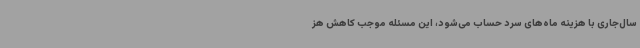
سال‌جاری با هزینه ماه‌های سرد حساب می‌شود، این مسئله موجب کاهش هز